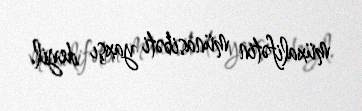
müxalifətin münasibəti yaxşı deyil.